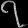
Digit: ၇